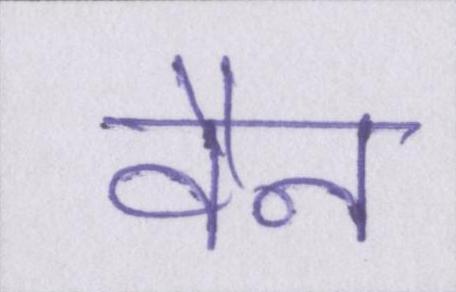
वैन